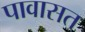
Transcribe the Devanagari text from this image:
पावासत